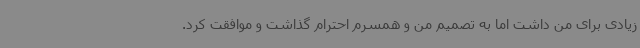
زیادی برای من داشت اما به تصمیم من و همسرم احترام گذاشت و موافقت کرد.